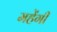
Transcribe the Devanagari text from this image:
महेंगी